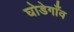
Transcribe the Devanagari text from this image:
घोडेगाँव